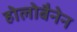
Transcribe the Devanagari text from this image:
होलोबैनेन